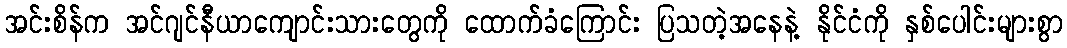
အင်းစိန်က အင်ဂျင်နီယာကျောင်းသားတွေကို ထောက်ခံကြောင်း ပြသတဲ့အနေနဲ့ နိုင်ငံကို နှစ်ပေါင်းများစွာ